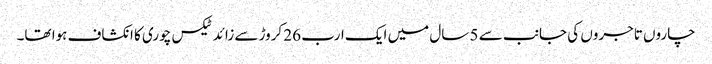
چاروں تاجروں کی جانب سے 5 سال میں ایک ارب 26 کروڑ سے زائد ٹیکس چوری کا انکشاف ہوا تھا۔